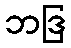
ဘဒြ